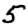
Digit: 5